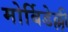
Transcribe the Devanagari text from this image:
मोर्बिडेल्ली